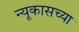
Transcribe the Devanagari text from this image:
न्यूकासच्या